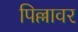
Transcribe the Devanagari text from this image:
पिल्लावर